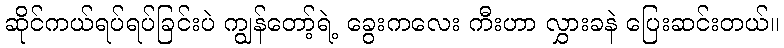
ဆိုင်ကယ်ရပ်ရပ်ခြင်းပဲ ကျွန်တော့်ရဲ့ ခွေးကလေး ကီးဟာ လွှားခနဲ ပြေးဆင်းတယ်။